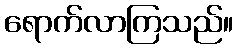
ရောက်လာကြသည်။